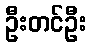
ဦးတင်ဦး